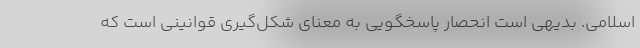
اسلامی. بدیهی است انحصار پاسخگویی به معنای شکل‌گیری قوانینی است که